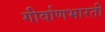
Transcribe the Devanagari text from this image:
गीर्वाणभारती